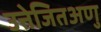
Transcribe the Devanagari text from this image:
उत्तेजितअणु